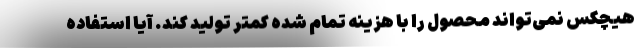
هیچکس نمی‌تواند محصول را با هزینه تمام شده کمتر تولید کند. آیا استفاده